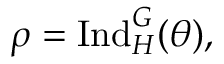
\rho = { \mathrm { I n d } } _ { H } ^ { G } ( \theta ) ,